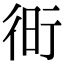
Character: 𧗧